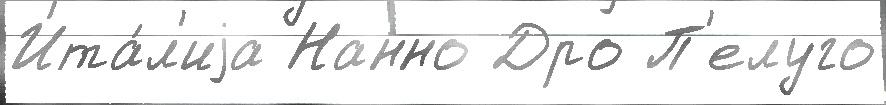
Ита́л'иjа Нанно Дро П'елуго